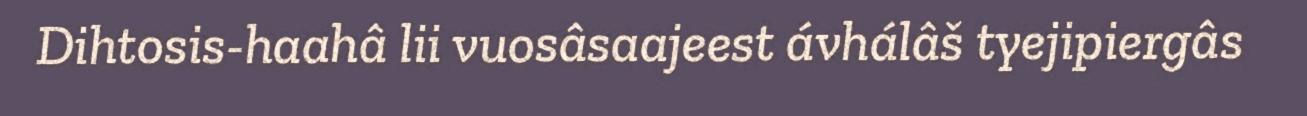
Dihtosis-haahâ lii vuosâsaajeest ávhálâš tyejipiergâs